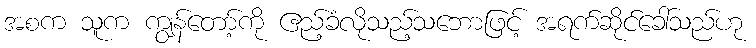
အစက သူက ကျွန်တော့်ကို ဧည့်ခံလိုသည့်သဘောဖြင့် အရက်ဆိုင်ခေါ်သည်ဟု